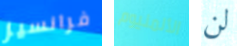
فرانسيز الألمنيوم لن